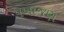
પખાજણ